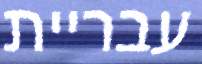
עבריית